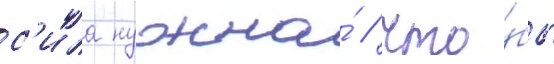
с'ила нужна́ / что́бы